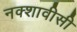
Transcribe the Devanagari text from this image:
नक्शावीसी